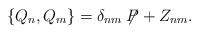
\begin{align*}\{ Q_n, Q_m \} = \delta_{nm} \not\!\! P + Z_{nm} .\end{align*}